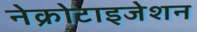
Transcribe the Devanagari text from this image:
नेक्रोटाइजेशन